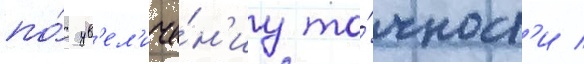
по́ ув'ел'иче́н'иу то́чност'и /